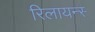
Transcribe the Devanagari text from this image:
रिलायन्स्‍